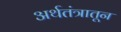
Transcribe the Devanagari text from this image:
अर्थतंत्रातून